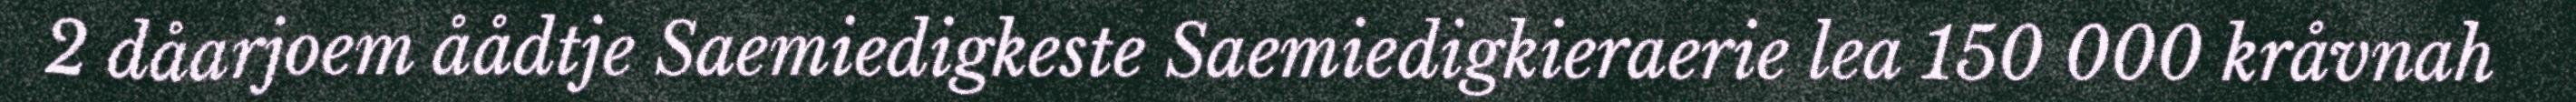
2 dåarjoem åådtje Saemiedigkeste Saemiedigkieraerie lea 150 000 kråvnah